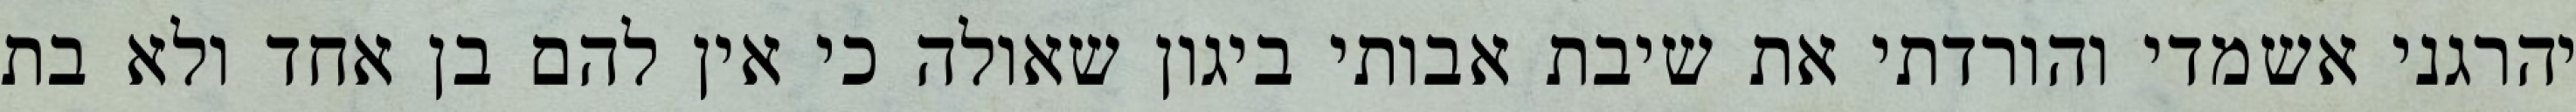
יהרגני אשמדי והורדתי את שיבת אבותי ביגון שאולה כי אין להם בן אחד ולא בת